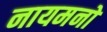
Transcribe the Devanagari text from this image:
नायमनों